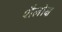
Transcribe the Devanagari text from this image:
शैलोक्ष